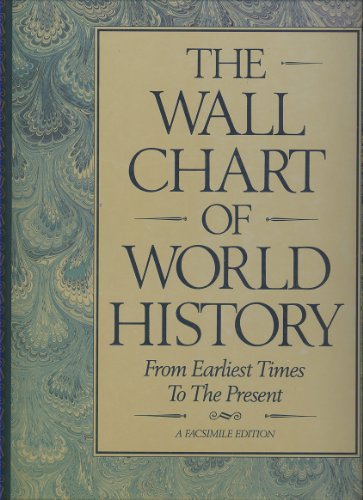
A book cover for The Wall Chart of World History: From Earliest Times To The Present; Edward Hull; History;